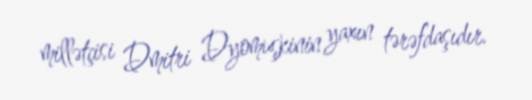
millətçisi Dmitri Dyomuşkinin yaxın tərəfdaşıdır.